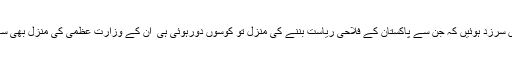
وہ چاہتے تو پاکستان کی تقدیر بدل سکتے تھے لیکن افسوس کہ ان سے چند ایسی غلطیاں سرزد ہوئیں کہ جن سے پاکستان کے فلاحی ریاست بننے کی منزل تو کوسوں دورہوئی ہی ٗ ان کے وزارت عظمیٰ کی منزل بھی سالوں دور ہوگئی اور اگر وہ اسی ڈگر پر گامزن رہے تو وہ منزل کبھی نہیں پاسکیں گے۔